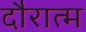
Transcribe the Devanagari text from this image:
दौरात्म